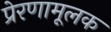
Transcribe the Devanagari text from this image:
प्रेरणामूलक